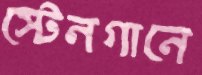
স্টেনগানে